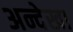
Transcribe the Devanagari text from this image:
अन्देखा